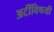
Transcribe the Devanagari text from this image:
अटींविषयी